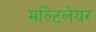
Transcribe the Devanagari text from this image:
मल्टिलेयर